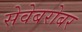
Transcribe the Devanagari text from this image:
सेवेबरोबर